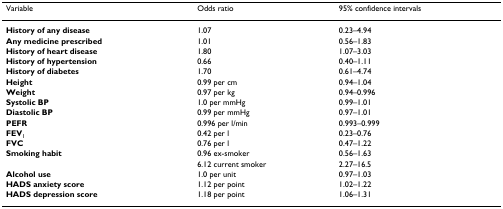
| Variable | Odds ratio | 95% confidence intervals |
 | --- | --- | --- |
 | History of any disease | 1.07 | 0.23–4.94 |
 | Any medicine prescribed | 1.01 | 0.56–1.83 |
 | History of heart disease | 1.80 | 1.07–3.03 |
 | History of hypertension | 0.66 | 0.40–1.11 |
 | History of diabetes | 1.70 | 0.61–4.74 |
 | Height | 0.99 per cm | 0.94–1.04 |
 | Weight | 0.97 per kg | 0.94–0.996 |
 | Systolic BP | 1.0 per mmHg | 0.99–1.01 |
 | Diastolic BP | 0.99 per mmHg | 0.97–1.01 |
 | PEFR | 0.996 per l/min | 0.993–0.999 |
 | FEV1 | 0.42 per l | 0.23–0.76 |
 | FVC | 0.76 per l | 0.47–1.22 |
 | Smoking habit | 0.96 ex-smoker | 0.56–1.63 |
 |  | 6.12 current smoker | 2.27–16.5 |
 | Alcohol use | 1.0 per unit | 0.97–1.03 |
 | HADS anxiety score | 1.12 per point | 1.02–1.22 |
 | HADS depression score | 1.18 per point | 1.06–1.31 |